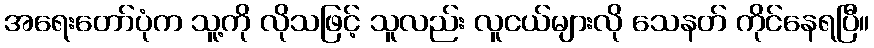
အရေးတော်ပုံက သူ့ကို လိုသဖြင့် သူလည်း လူငယ်များလို သေနတ် ကိုင်နေရပြီ။